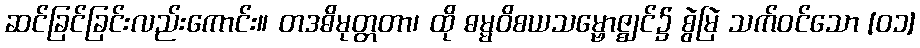
ဆင်ခြင်ခြင်းလည်းကောင်း။ တဒဓိမုတ္တတာ၊ ထို ဓမ္မဝိစယသမ္ဗောဇ္ဈင်၌ စွဲမြဲ သက်ဝင်သော [၀၁]